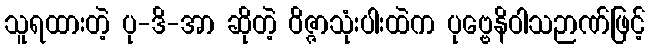
သူရထားတဲ့ ပု-ဒိ-အာ ဆိုတဲ့ ဝိဇ္ဇာသုံးပါးထဲက ပုဗ္ဗေနိဝါသဉာဏ်ဖြင့်